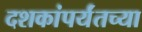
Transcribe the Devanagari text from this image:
दशकांपर्यंतच्या